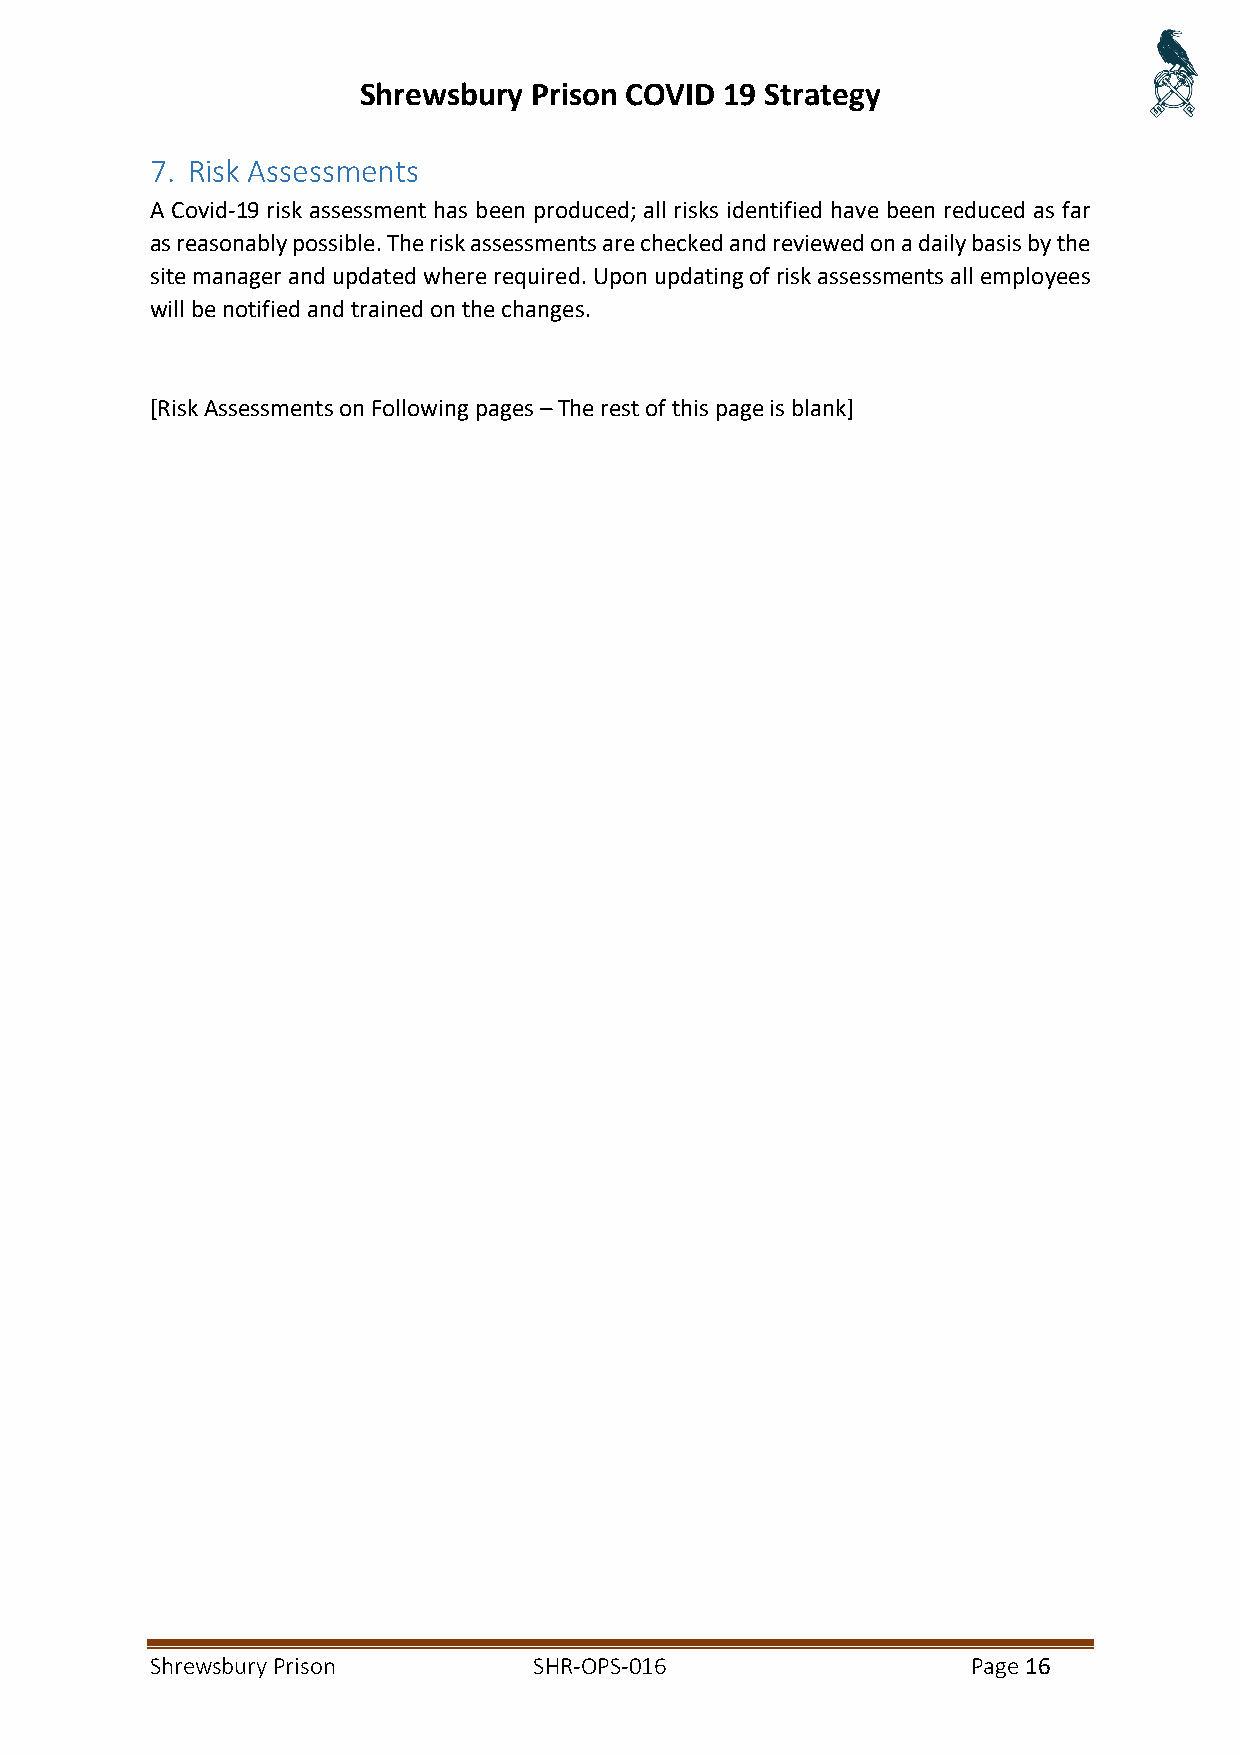
Shrewsbury Prison COVID 19 Strategy
 7. Risk Assessments
 A Covid-19 risk assessment has been produced; all risks identified have been reduced as far
 as reasonably possible. The risk assessments are checked and reviewed on a daily basis by the
 site manager and updated where required. Upon updating of risk assessments all employees
 will be notified and trained on the changes.
 [Risk Assessments on Following pages – The rest of this page is blank]
 Shrewsbury Prison        SHR-OPS-016                  Page 16